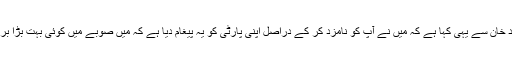
عمران خان نے آج محمود خان سے یہی کہا ہے کہ میں نے آپ کو نامزد کر کے دراصل اپنی پارٹی کو یہ پیغام دیا ہے کہ میں صوبے میں کوئی بہت بڑا بریک تھرو کرنا چاہتا ہوں۔